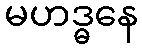
မဟဒ္ဓနေ